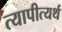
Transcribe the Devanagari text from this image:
त्यापीत्यर्थ